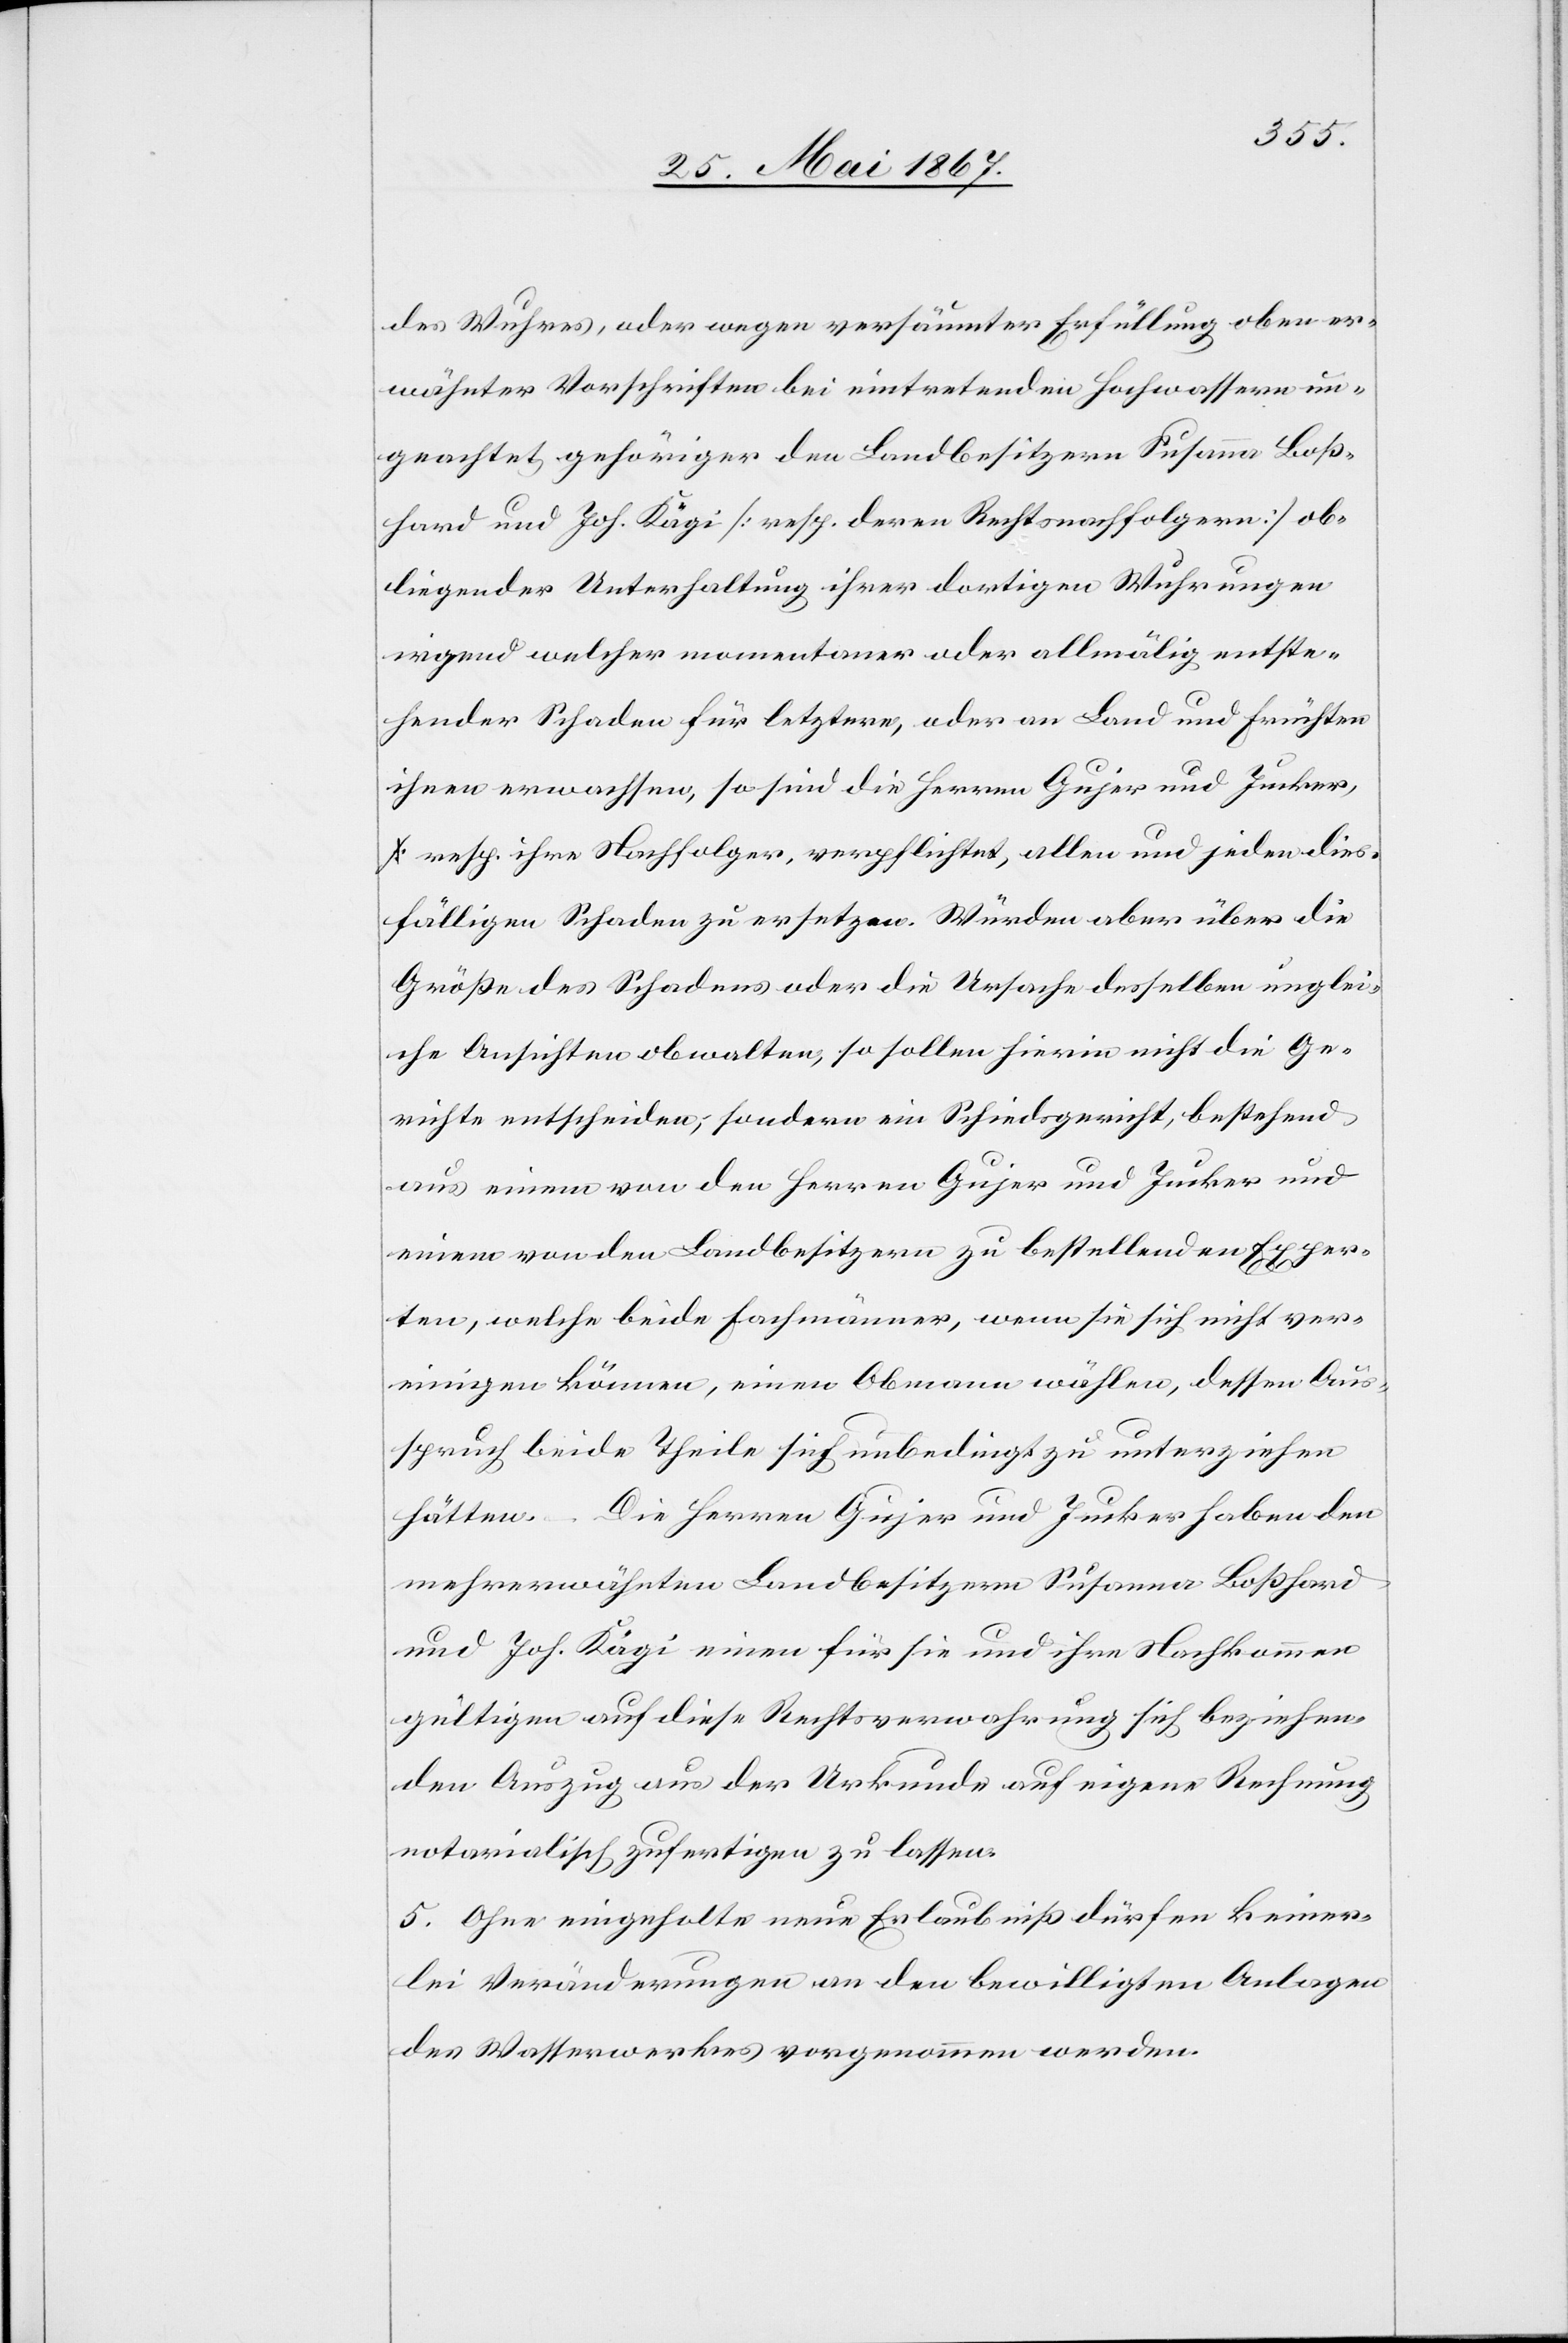
des Wuhres, oder wegen versäumter Erfüllung oben er¬
wähnter Vorschriften bei eintretenden Hochwassern un¬
geachtet gehöriger den Landbesitzern Susanna Boß¬
hard und Joh. Kägi [resp. deren Rechtsnachfolger] ob¬
liegender Unterhaltung ihrer dortigen Wuhrungen
irgend welcher momentaner oder allmälig entste¬
hender Schaden für letztere, oder an Land und Früchten
ihnen erwachsen, so sind die Herren Gujer und Jucker,
resp. ihre Nachfolger, verpflichtet, allen und jeden dies¬
fälligen Schaden zu ersetzen. Würden aber über die
Größe des Schadens oder die Ursache desselben unglei¬
che Ansichten obwalten, so sollen hierin nicht die Ge¬
richte entscheiden, sondern ein Schiedsgericht, bestehend
aus einem von den Herren Gujer und Jucker und
einem von den Landbesitzern zu bestellenden Exper¬
ten, welche beide Fachmänner, wenn sie sich nicht ver¬
einigen können, einen Obmann wählen, dessen Aus¬
spruch beide Theile sich unbedingt zu unterziehen
hätten. – Die Herren Gujer und Jucker haben den
mehrerwähnten Landbesitzern Susanne Boßhard
und Joh. Kägi einen für sie und ihre Nachkommen
gültigen auf diese Rechtsverwahrung sich beziehen¬
den Auszug aus der Urkunde auf eigene Rechnung
notarialisch zufertigen zu lassen.
5. Ohne eingeholte neue Erlaubniß dürfen keiner¬
lei Veränderungen an den bewilligten Anlagen
des Wasserwerkes vorgenommen werden.